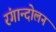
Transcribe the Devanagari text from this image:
रंगान्दोलन